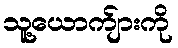
သူ့ယောက်ျားကို